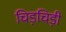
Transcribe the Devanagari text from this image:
चिड़चिड़ी